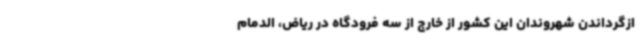
ازگرداندن شهروندان این کشور از خارج از سه فرودگاه در ریاض، الدمام